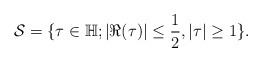
LaTeX: \begin{align*}\mathcal{S}=\{\tau \in \mathbb{H}; |\Re(\tau)|\leq \frac12, |\tau|\geq 1\}.\end{align*}